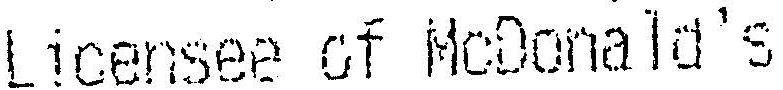
LICENSEE OF MCDONALD'S